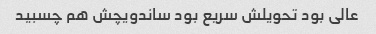
عالی بود تحویلش سریع بود ساندویچش هم چسبید